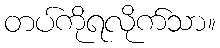
တပ်ကိုရလိုက်သာ။